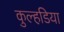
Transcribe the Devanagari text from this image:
कुल्हडि़या